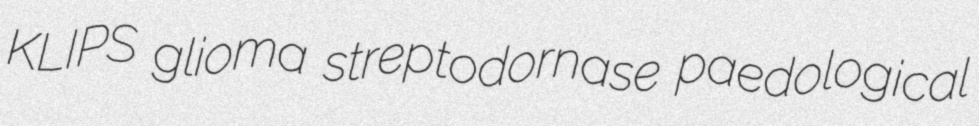
KLIPS glioma streptodornase paedological